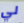
لي